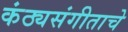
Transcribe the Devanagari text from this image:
कंठ्यसंगीताचे